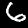
Digit: 6